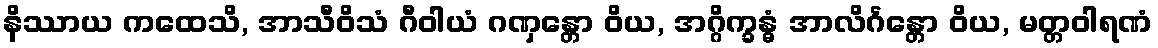
နိဿာယ ကထေသိ, အာသီဝိသံ ဂီဝါယံ ဂဏှန္တော ဝိယ, အဂ္ဂိက္ခန္ဓံ အာလိင်္ဂန္တော ဝိယ, မတ္တဝါရဏံ